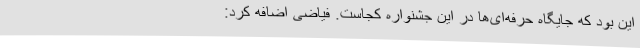
این بود که جایگاه حرفه‌ای‌ها در این جشنواره کجاست. فیاضی اضافه کرد: